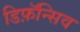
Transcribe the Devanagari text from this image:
डिफ़ॅन्सिव